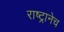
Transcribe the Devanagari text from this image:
राष्ट्रानेच